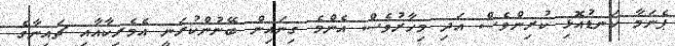
ޕެނަމާ ކަނޑުއޮޅި ކުރިންވެސް އަދި މިހާރުވެސް އެންމެ ގިނައިން ބޭނުންކުރަނީ އެމެރިކާއާއި ޗައިނާގެ